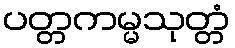
ပတ္တကမ္မသုတ္တံ